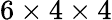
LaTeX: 6\times 4\times 4